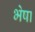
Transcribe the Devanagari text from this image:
भेषा